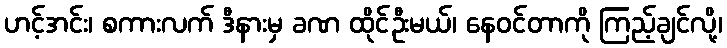
ဟင့်အင်း၊ စကားလက် ဒီနားမှ ခဏ ထိုင်ဦးမယ်၊ နေဝင်တာကို ကြည့်ချင်လို့၊